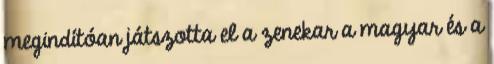
megindítóan játszotta el a zenekar a magyar és a